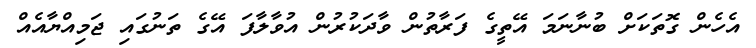
އެހެން ގޮތަކަށް ބުނާނަމަ އޭތީގެ ފަރާތުން ވާދަކުރުން އުވާލާފަ އޭގެ ތަނުގައި ޖަމިއްޔާއެއް